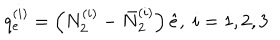
q _ { e } ^ { ( i ) } = \left( N _ { 2 } ^ { ( i ) } - \bar { N } _ { 2 } ^ { ( i ) } \right) \hat { e } , \; i = 1 , 2 , 3